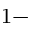
1 -